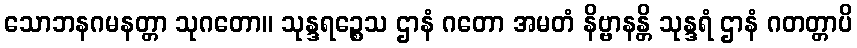
သောဘနဂမနတ္တာ သုဂတော။ သုန္ဒရဉ္စေသ ဌာနံ ဂတော အမတံ နိဗ္ဗာနန္တိ သုန္ဒရံ ဌာနံ ဂတတ္တာပိ